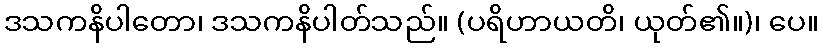
ဒသကနိပါတော၊ ဒသကနိပါတ်သည်။ (ပရိဟာယတိ၊ ယုတ်၏။)၊ ပေ။